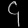
Digit: ၄